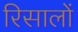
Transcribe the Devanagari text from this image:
रिसालों